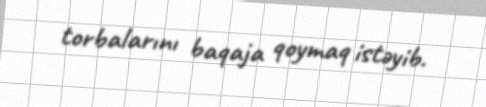
torbalarını baqaja qoymaq istəyib.